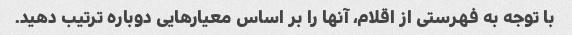
با توجه به فهرستی از اقلام، آنها را بر اساس معیارهایی دوباره ترتیب دهید.